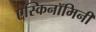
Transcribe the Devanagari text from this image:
एस्किनॉमिनी